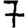
Digit: 7